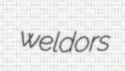
weldors